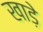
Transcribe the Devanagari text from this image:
खाड़े